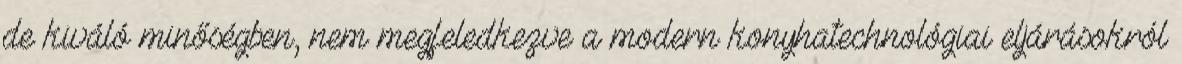
de kiváló minőségben, nem megfeledkezve a modern konyhatechnológiai eljárásokról